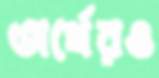
অর্থেরও